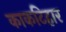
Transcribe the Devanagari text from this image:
काकटिहार